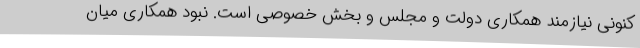
کنونی نیازمند همکاری دولت و مجلس و بخش خصوصی است. نبود همکاری میان